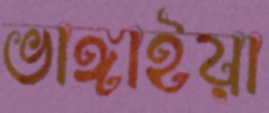
ভাঙ্গাইয়া